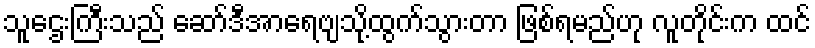
သူဌေးကြီးသည် ဆော်ဒီအာရေဗျသို့ထွက်သွားတာ ဖြစ်ရမည်ဟု လူတိုင်းက ထင်